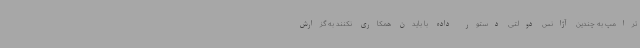
ترامپ به چندین آژانس دولتی دستور داده با بایدن همکاری نکنند به گزارش